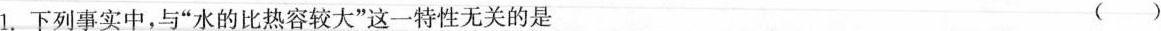
1.下列事实中，与”水的比热容较大”这一特性无关的是 ()